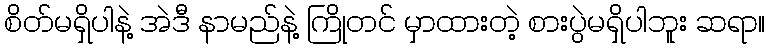
စိတ်မရှိပါနဲ့ အဲဒီ နာမည်နဲ့ ကြိုတင် မှာထားတဲ့ စားပွဲမရှိပါဘူး ဆရာ။